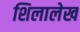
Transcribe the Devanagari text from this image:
शिलालेख